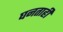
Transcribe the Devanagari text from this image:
घनताही